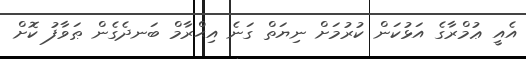
އެއީ ޢުމްރާގެ އަޅުކަން ކުރުމަށް ނިޔަތް ގަނެ އިޙްރާމް ބަނދެގެން ޠަވާފު ކޮށް